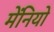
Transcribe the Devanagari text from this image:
मेंनियो